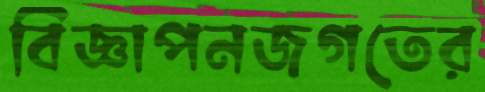
বিজ্ঞাপনজগতের